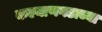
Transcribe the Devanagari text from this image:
कल्याणगडाच्या